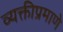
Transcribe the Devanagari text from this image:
व्यक्तीप्रमाणे